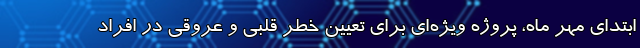
ابتدای مهر ماه، پروژه ویژه‌ای برای تعیین خطر قلبی و عروقی در افراد